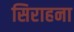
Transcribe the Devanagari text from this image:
सिराहना